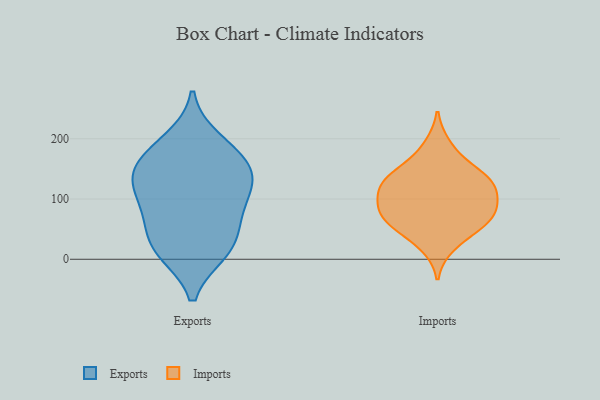
{"axis": {"x": "Shipments", "y": "Value"}, "legend": ["Exports", "Imports"], "data": [{"x": "", "y": 23, "type": "Exports"}, {"x": "", "y": 54, "type": "Exports"}, {"x": "", "y": 117, "type": "Exports"}, {"x": "", "y": 12, "type": "Exports"}, {"x": "", "y": 13, "type": "Exports"}, {"x": "", "y": 137, "type": "Exports"}, {"x": "", "y": 178, "type": "Exports"}, {"x": "", "y": 163, "type": "Exports"}, {"x": "", "y": 130, "type": "Exports"}, {"x": "", "y": 144, "type": "Exports"}, {"x": "", "y": 78, "type": "Exports"}, {"x": "", "y": 87, "type": "Exports"}, {"x": "", "y": 198, "type": "Exports"}, {"x": "", "y": 118, "type": "Imports"}, {"x": "", "y": 92, "type": "Imports"}, {"x": "", "y": 21, "type": "Imports"}, {"x": "", "y": 142, "type": "Imports"}, {"x": "", "y": 90, "type": "Imports"}, {"x": "", "y": 130, "type": "Imports"}, {"x": "", "y": 69, "type": "Imports"}, {"x": "", "y": 74, "type": "Imports"}, {"x": "", "y": 128, "type": "Imports"}, {"x": "", "y": 47, "type": "Imports"}, {"x": "", "y": 127, "type": "Imports"}, {"x": "", "y": 190, "type": "Imports"}, {"x": "", "y": 159, "type": "Imports"}, {"x": "", "y": 103, "type": "Imports"}, {"x": "", "y": 68, "type": "Imports"}, {"x": "", "y": 56, "type": "Imports"}]}